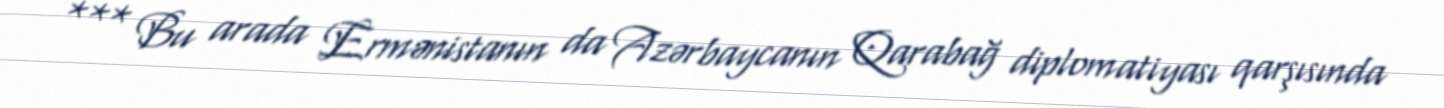
*** Bu arada Ermənistanın da Azərbaycanın Qarabağ diplomatiyası qarşısında